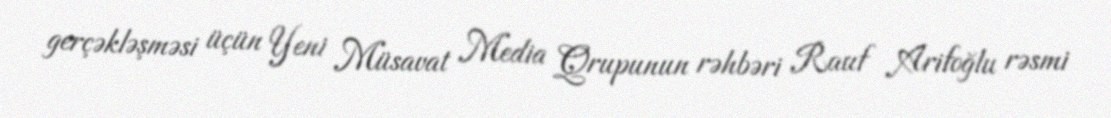
gerçəkləşməsi üçün Yeni Müsavat Media Qrupunun rəhbəri Rauf Arifoğlu rəsmi